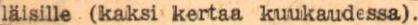
läisille (kaksi kertaa kuukaudessa).